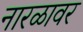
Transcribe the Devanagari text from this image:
नारळावर